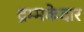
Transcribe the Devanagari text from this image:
द्रम्मकेदार